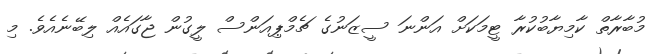
މުބާރާތް ކާމިޔާބުކުރާ ޓީމަކަށް އަންނަ ސީޒަނުގެ ޗެމްޕިއަންސް ލީގުން ޖާގައެއް ލިބޭނެއެވެ. މި